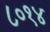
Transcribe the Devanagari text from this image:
८०१४